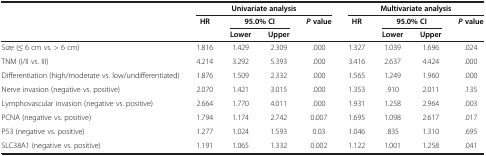
<table><thead><tr><td rowspan="2"><b> </b></td><td colspan="4"><b>Univariate analysis</b></td><td colspan="4"><b>Multivariate analysis</b></td></tr><tr><td><b>HR</b></td><td colspan="2"><b>95.0% CI</b></td><td><b><i>P </i>value</b></td><td><b>HR</b></td><td colspan="2"><b>95.0% CI</b></td><td><b><i>P </i>value</b></td></tr><tr><td><b> </b></td><td><b> </b></td><td><b>Lower</b></td><td><b>Upper</b></td><td><b> </b></td><td><b> </b></td><td><b>Lower</b></td><td><b>Upper</b></td><td><b> </b></td></tr></thead><tbody><tr><td>Size (≤ 6 cm vs. &gt; 6 cm)</td><td>1.816</td><td>1.429</td><td>2.309</td><td>.000</td><td>1.327</td><td>1.039</td><td>1.696</td><td>.024</td></tr><tr><td>TNM (I/II vs. III)</td><td>4.214</td><td>3.292</td><td>5.393</td><td>.000</td><td>3.416</td><td>2.637</td><td>4.424</td><td>.000</td></tr><tr><td>Differentiation (high/moderate vs. low/undifferentiated)</td><td>1.876</td><td>1.509</td><td>2.332</td><td>.000</td><td>1.565</td><td>1.249</td><td>1.960</td><td>.000</td></tr><tr><td>Nerve invasion (negative vs. positive)</td><td>2.070</td><td>1.421</td><td>3.015</td><td>.000</td><td>1.353</td><td>.910</td><td>2.011</td><td>.135</td></tr><tr><td>Lymphovascular invasion (negative vs. positive)</td><td>2.664</td><td>1.770</td><td>4.011</td><td>.000</td><td>1.931</td><td>1.258</td><td>2.964</td><td>.003</td></tr><tr><td>PCNA (negative vs. positive)</td><td>1.794</td><td>1.174</td><td>2.742</td><td>0.007</td><td>1.695</td><td>1.098</td><td>2.617</td><td>.017</td></tr><tr><td>P53 (negative vs. positive)</td><td>1.277</td><td>1.024</td><td>1.593</td><td>0.03</td><td>1.046</td><td>.835</td><td>1.310</td><td>.695</td></tr><tr><td>SLC38A1 (negative vs. positive)</td><td>1.191</td><td>1.065</td><td>1.332</td><td>0.002</td><td>1.122</td><td>1.001</td><td>1.258</td><td>.041</td></tr></tbody></table>